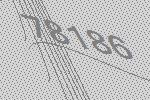
78186